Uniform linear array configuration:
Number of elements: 4
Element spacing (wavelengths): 1
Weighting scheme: hann
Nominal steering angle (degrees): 0
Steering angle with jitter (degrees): -1.56
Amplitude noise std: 0.05
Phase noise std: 0.05

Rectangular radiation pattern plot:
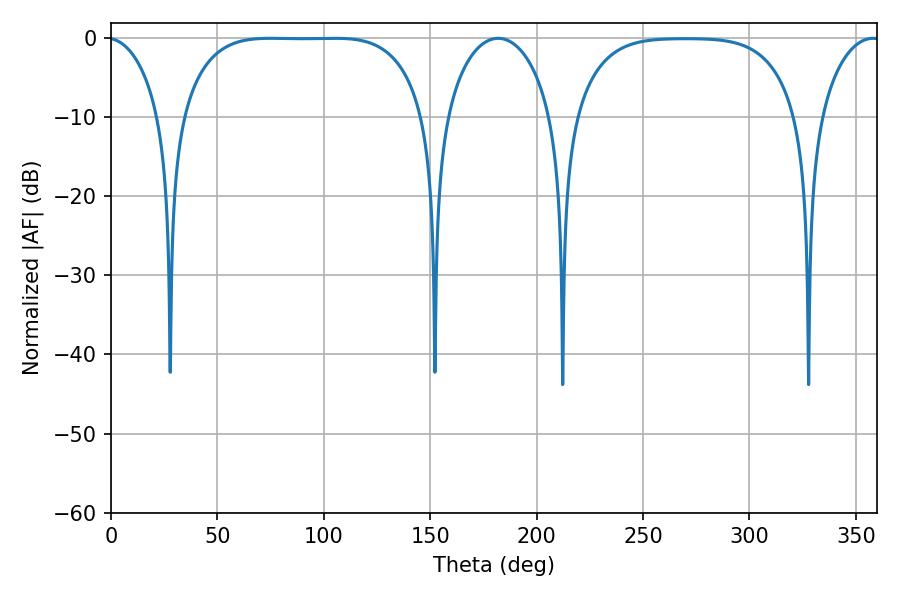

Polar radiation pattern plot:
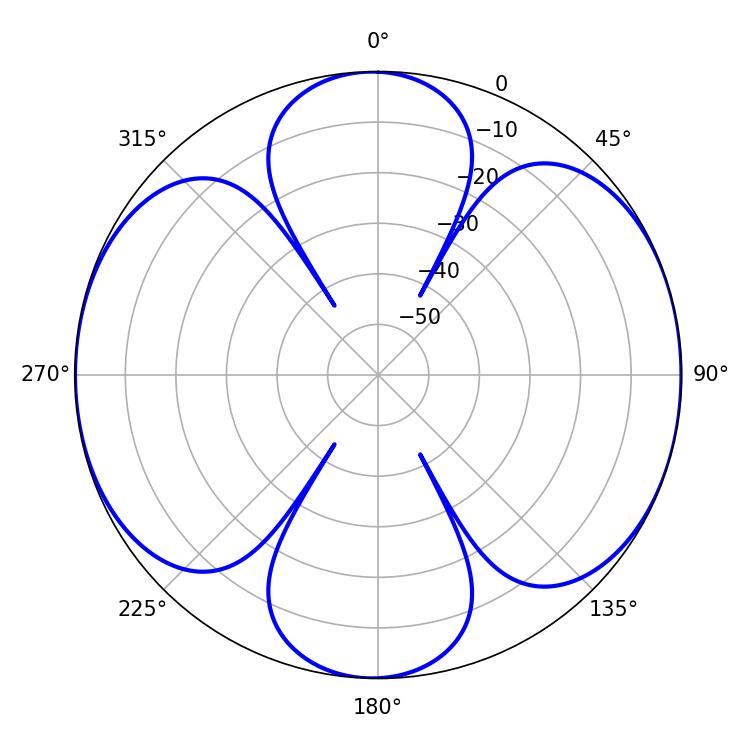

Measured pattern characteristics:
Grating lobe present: TRUE
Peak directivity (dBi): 11.574
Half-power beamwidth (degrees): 88.2
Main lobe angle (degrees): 75.06